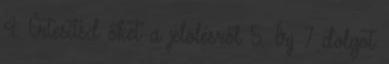
4. Értesítsd őket a jelölésről 5. Írj 7 dolgot